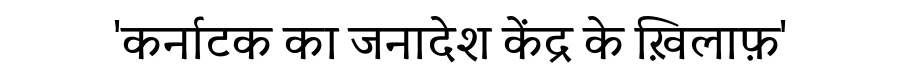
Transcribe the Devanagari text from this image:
'कर्नाटक का जनादेश केंद्र के ख़िलाफ़'